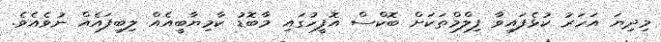
މިދިޔަ އަހަރު ކުޅެފައިވާ ފިލްމްތަކަށް ބޮކްސް އޮފީހުގައި މާބޮޑު ކާމިޔާބީއެއް ލިބިފައެއް ނުވެއެވެ.